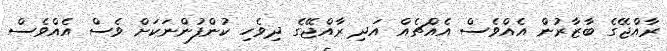
ރާއްޖޭގެ ބާޒާރުން އެއްވެސް އެއްޗެއް އަދި ރާއްޖޭގެ ދިވެހި ކުންފުންނަކަށް ވެސް އެއްވެސް